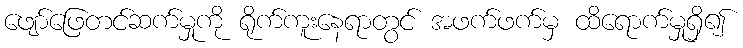
ဖျော်ဖြေတင်ဆက်မှုကို ရိုက်ကူးနေရာတွင် အဖက်ဖက်မှ ထိရောက်မှုရှိ၍